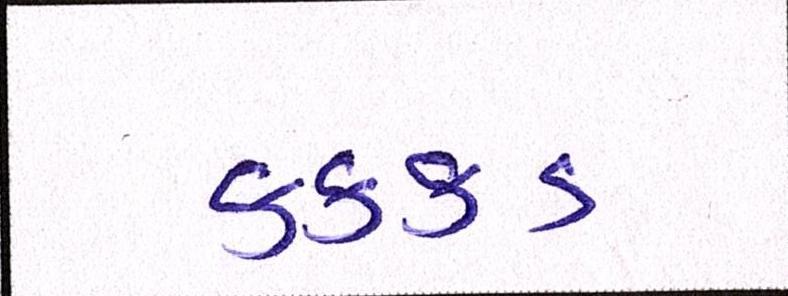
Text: કક્કડ